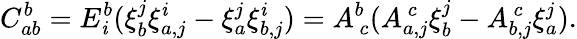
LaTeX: C_{ab}^{b}=E_{\mathit{i}}^{b}(\xi_{b}^{j}\xi_{a,j}^{\mathit{i}}-\xi_{a}^{j}\xi_{b,j}^{\mathit{i}})=A_{~c}^{b}(A_{a,j}^{~c}\xi_{b}^{j}-A_{b,j}^{~c}\xi_{a}^{j}).